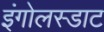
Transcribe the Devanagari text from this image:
इंगोलस्डाट